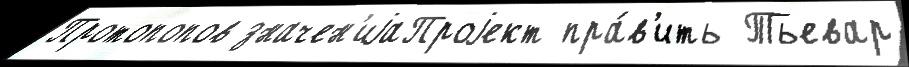
Протопопов значен'иjаПроjект пра́в'ить Тьевар